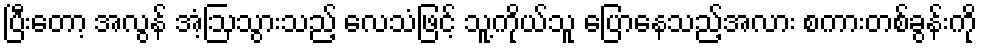
ပြီးတော့ အလွန် အံ့ဩသွားသည့် လေသံဖြင့် သူ့ကိုယ်သူ ပြောနေသည့်အလား စကားတစ်ခွန်းကို